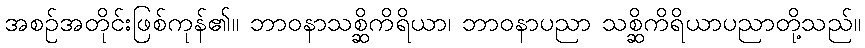
အစဉ်အတိုင်းဖြစ်ကုန်၏။ ဘာဝနာသစ္ဆိကိရိယာ၊ ဘာဝနာပညာ သစ္ဆိကိရိယာပညာတို့သည်။